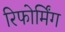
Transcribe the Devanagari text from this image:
रिफोर्मिंग